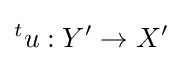
{}^{t}u:Y'\to X'